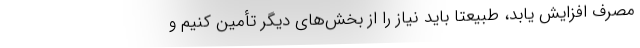
مصرف افزایش یابد، طبیعتا باید نیاز را از بخش‌های دیگر تأمین کنیم و